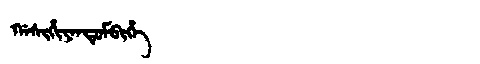
Manchu: ᡤᠠᠰᡳᡥᡳᠶᠠᠨᡩᡠᠮᠪᡳᡥᡝ
Romanization: GASIHIYANDUMBIHE